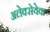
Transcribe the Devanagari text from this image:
अलेक्सेयेवा